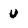
Character: u